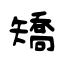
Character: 矯